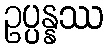
ဥပ္ပန္နဿ